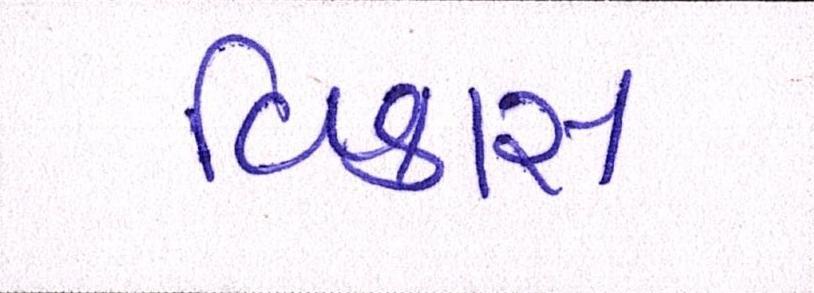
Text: વિકાસ